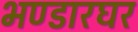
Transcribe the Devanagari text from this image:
भण्डारघर